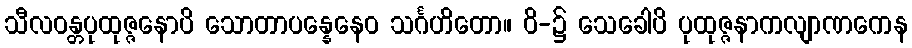
သီလဝန္တပုထုဇ္ဇနောပိ သောတာပန္နေနေဝ သင်္ဂဟိတော။ ဝိ-၌ သေခေါပိ ပုထုဇ္ဇနာကလျာဏကေန